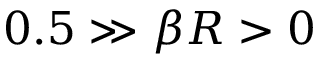
0 . 5 \gg \beta R > 0